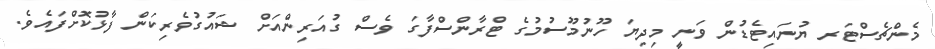
މެންޗެސްޓަރ ޔުނައިޓެޑުން ވަނީ މިދިޔަ ހޫނުމޫސުމުގެ ޓްރާންސްފާގަ ވެސް ގުއަރިންއަށް ޝައުގުވެރިކަން ފާޅުކޮށްފައެވެ.